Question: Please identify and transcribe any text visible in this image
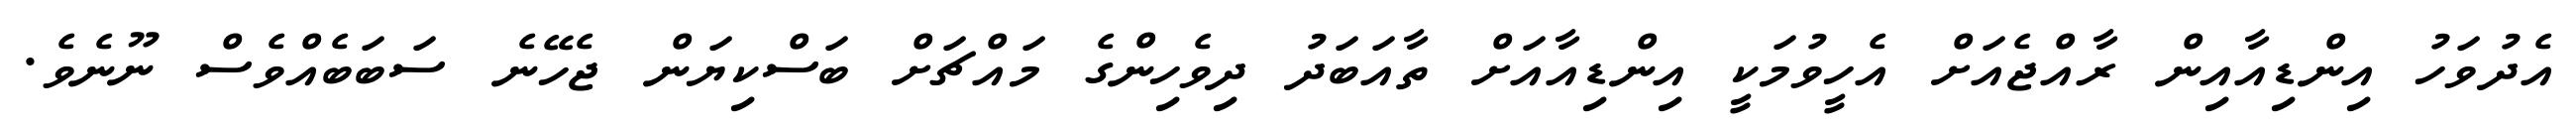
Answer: އެދުވަހު އިންޑިއާއިން ރާއްޖެއަށް އެހީވުމަކީ އިންޑިއާއަށް ތާއަބަދު ދިވެހިންގެ މައްޗަށް ބަސްކިޔަން ޖެހޭނެ ސަބަބެއްވެސް ނޫނެވެ.